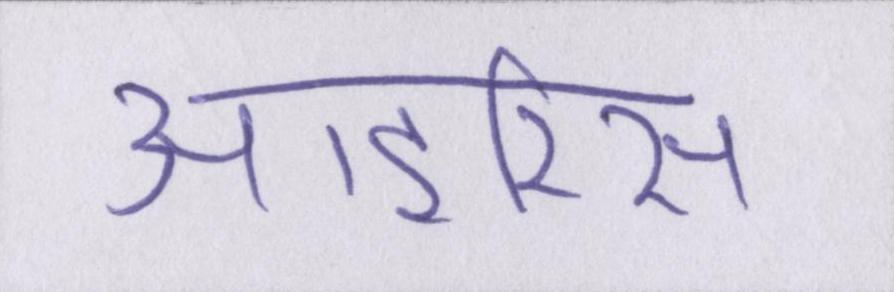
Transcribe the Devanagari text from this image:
आइरिस